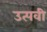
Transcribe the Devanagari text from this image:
उत्पवी